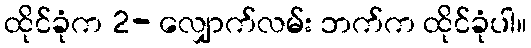
ထိုင်ခုံက 2- လျှောက်လမ်း ဘက်က ထိုင်ခုံပါ။